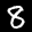
Label: 8